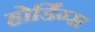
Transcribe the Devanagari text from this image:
होर्डिंग्स